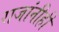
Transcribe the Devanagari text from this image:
राजांनीही